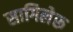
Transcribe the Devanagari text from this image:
सागिलेरू